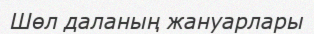
Шөл даланың жануарлары